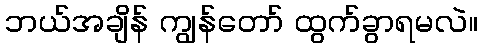
ဘယ်အချိန် ကျွန်တော် ထွက်ခွာရမလဲ။